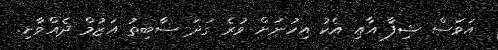
އަވަސް ޝިފާ އާއި އެކު އިހުނަށް ވުރެ ގަދަ ސާބިތު އަޒުމް ދެއްވާށި.